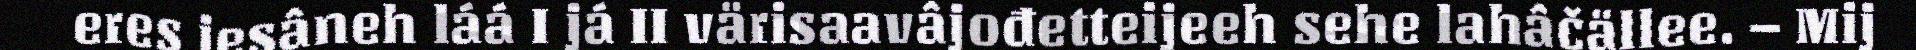
eres jesâneh láá I já II värisaavâjođetteijeeh sehe lahâčällee. – Mij